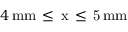
4 \, \mathrm { { m m } \, \leq \, x \, \leq \, 5 \, \mathrm { { m m } } }